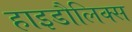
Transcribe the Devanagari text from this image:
हाइडौलिक्स